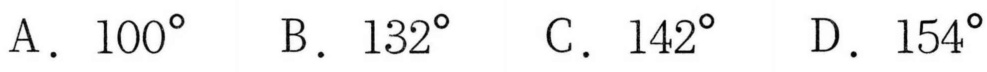
A. \(100^{\circ}\)  B. \(132^{\circ}\)  C. \(142^{\circ}\)  D. \(154^{\circ}\)